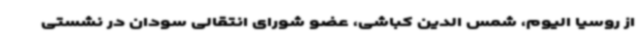
از روسیا الیوم، شمس الدین کباشی، عضو شورای انتقالی سودان در نشستی